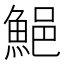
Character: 䱒